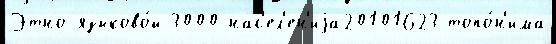
Этно-языково́й 3000 нас'ел'ен'иjа20101623 топо́н'има